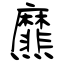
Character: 爢